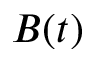
B ( t )